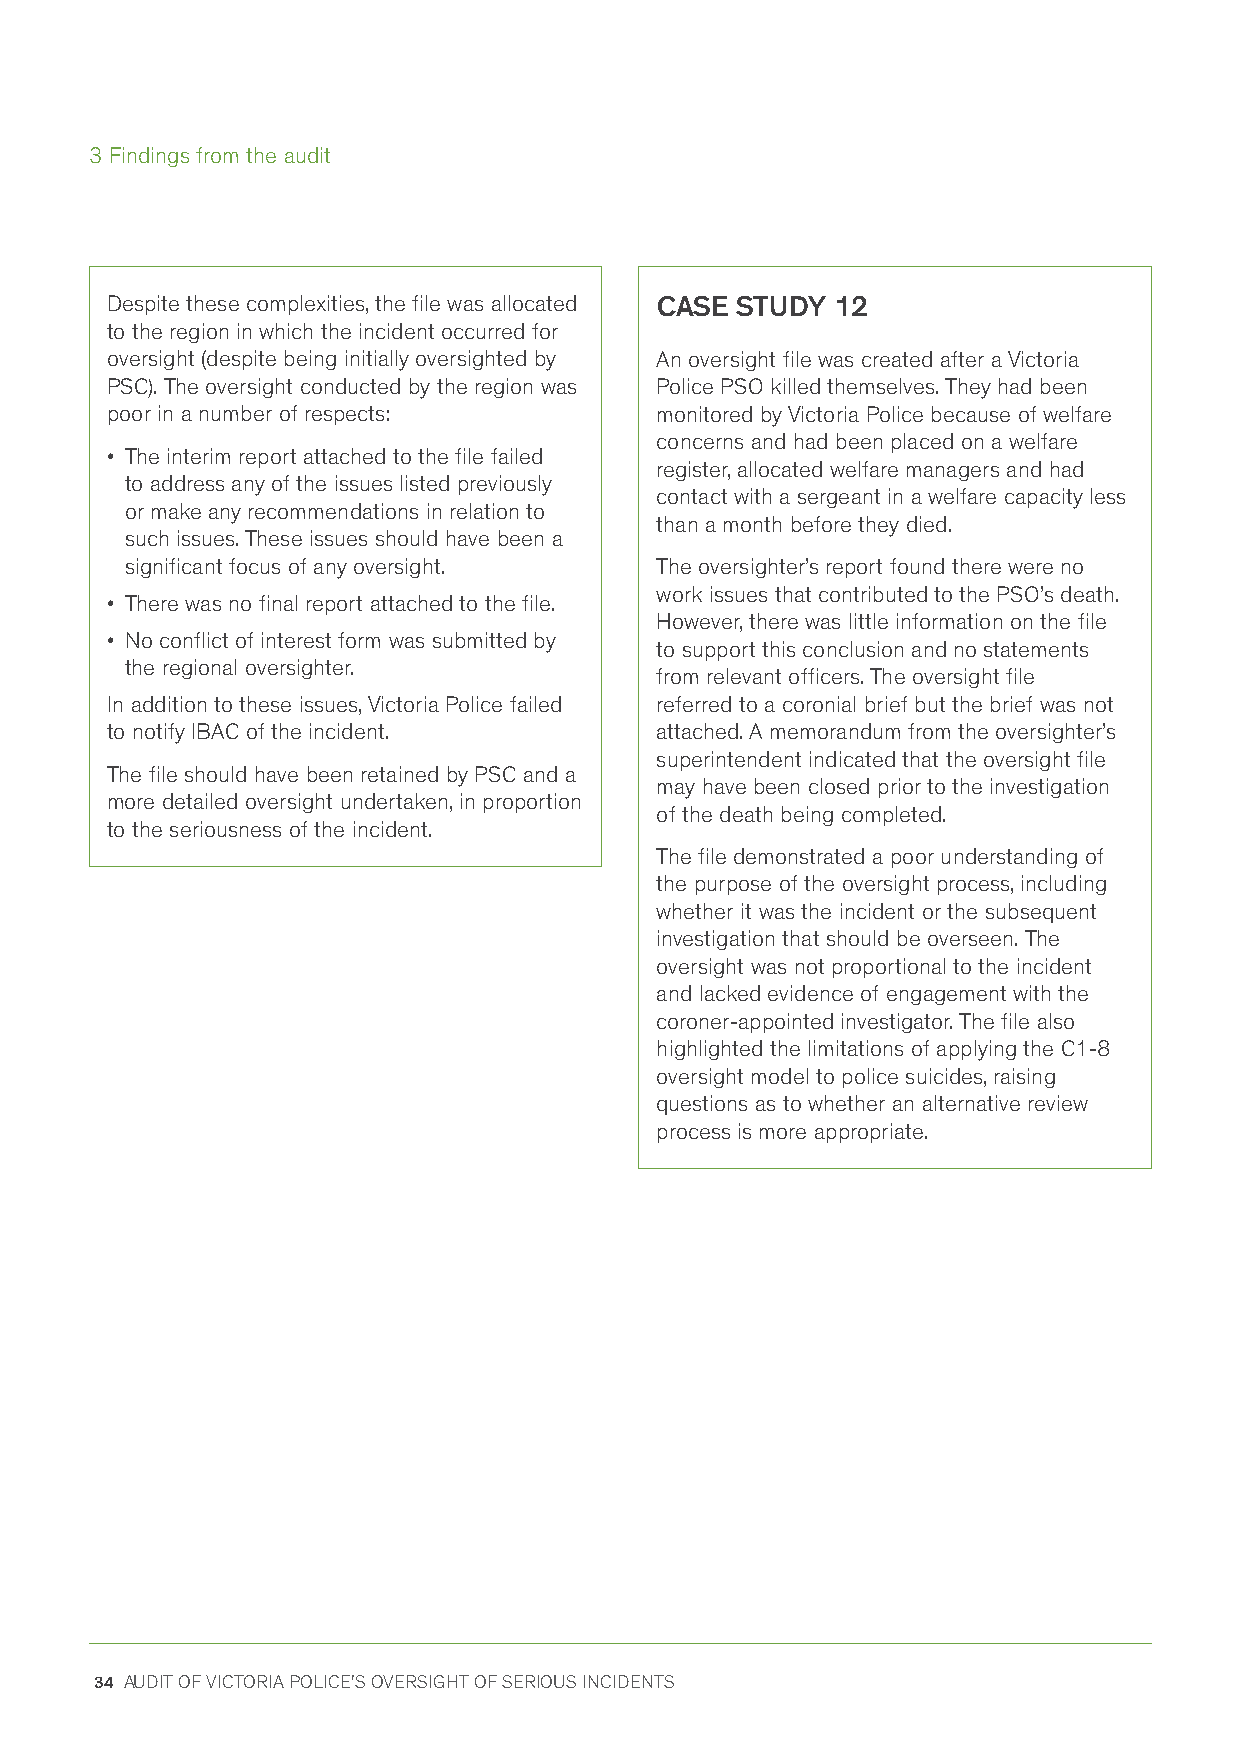
3 Findings from the audit
 Despite these complexities, the file was allocated CASE STUDY 12
 to the region in which the incident occurred for
 oversight (despite being initially oversighted by An oversight file was created after a Victoria
 PSC). The oversight conducted by the region was Police PSO killed themselves. They had been
 poor in a number of respects:       monitored by Victoria Police because of welfare
 concerns and had been placed on a welfare
 • The interim report attached to the file failed
 register, allocated welfare managers and had
 to address any of the issues listed previously
 contact with a sergeant in a welfare capacity less
 or make any recommendations in relation to
 than a month before they died.
 such issues. These issues should have been a
 significant focus of any oversight. The oversighter’s report found there were no
 work issues that contributed to the PSO’s death.
 • There was no final report attached to the file.
 However, there was little information on the file
 • No conflict of interest form was submitted by
 to support this conclusion and no statements
 the regional oversighter.
 from relevant officers. The oversight file
 In addition to these issues, Victoria Police failed referred to a coronial brief but the brief was not
 to notify IBAC of the incident.     attached. A memorandum from the oversighter’s
 superintendent indicated that the oversight file
 The file should have been retained by PSC and a
 may have been closed prior to the investigation
 more detailed oversight undertaken, in proportion
 of the death being completed.
 to the seriousness of the incident.
 The file demonstrated a poor understanding of
 the purpose of the oversight process, including
 whether it was the incident or the subsequent
 investigation that should be overseen. The
 oversight was not proportional to the incident
 and lacked evidence of engagement with the
 coroner-appointed investigator. The file also
 highlighted the limitations of applying the C1-8
 oversight model to police suicides, raising
 questions as to whether an alternative review
 process is more appropriate.
 34 AUDIT OF VICTORIA POLICE'S OVERSIGHT OF SERIOUS INCIDENTS